Vaccination United Provinces of Agra and Oudh 1914-1922 - 1914-1922
Year: 1914
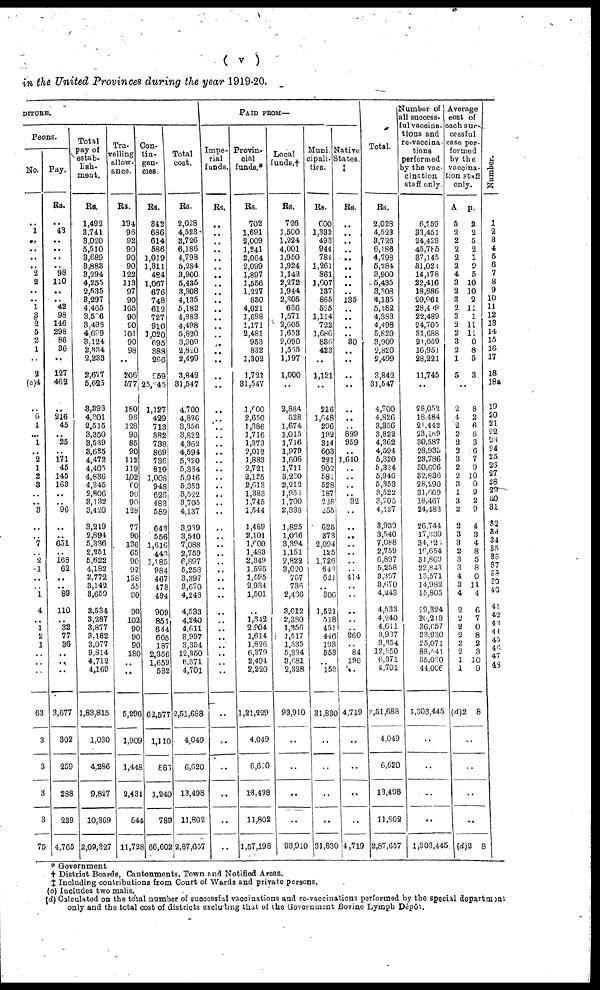
( v )
in the United Provinces during the year 1919-20.
DITURE.
Peons.
No.
..
1
..
..
..
. .
2
2
..
..
1
3
2
5
2
1
..
3
(c)4
..
6
1
...
1
..
2
1
2
3
..
..
3
..
..
7
..
2
1
..
..
..
4
..
1
2
1
..
..
..
63
3
3
3
3
75
Pay.
Rs.
..
43
..
. .
. .
. .
98
110
..
..
42
98
146
298
86
36
..
127
462
..
216
45
..
25
..
171
45
145
163
..
..
96
..
..
651
..
168
62
..
..
89
110
..
32
77
36
..
..
..
3,677
302
259
288
239
4,765
Total
pay of
estab-
lish¬
ment.
Rs.
1,492
3,741
3,020
5,510
3,689
3,883
3,294
4,255
2,535
3,297
4,465
3,566
3,498
4,699
3,124
2,334
2,233
2,677
5,625
3,393
4,301
2,515
3,350
3,539
3,635
4,472
4,405
4,836
4,345
2,806
3,132
3,420
3,219
2,894
5,336
2,251
5,622
4,182
2,772
3,142
3,659
3,534
3,287
3,877
3,182
3,077
9,814
4,712
4,169
1,83,815
1,030
4,286
9,827
10,369
2,09,327
Tra¬
velling
allow-
ance.
Rs.
194
96
92
90
90
90
122
113
97
90
105
90
90
101
90
98
..
206
577
180
96
128
90
85
90
112
119
102
60
90
90
128
77
90
136
65
90
92
158
55
90
90
102
90
90
90
180
..
..
5,296
1,909
1,448
2,431
644
11,728
Con¬
tin¬
gen¬
cies
Rs.
342
686
614
586
1,019
1,311
484
1,067
676
748
612
727
910
1,020
695
388
266
959
25,645
1,127
429
713
382
738
869
736
810
1,008
948
626
483
569
643
556
1,616
443
1,185
984
467
473
494
909
851
644
665
187
2,356
1,659
532
62,577
1,110
886
1,240
789
66,602
Total
cost.
Rs.
2,028
4,523
3,726
6,186
4,798
5,284
3,900
5,435
3,308
4,135
5,182
4,383
4,498
5,820
3,909
2,820
2,499
3,842
31,547
4,700
4,826
3,356
3,822
4,362
4,594
5,320
5,334
5,946
5,353
3,522
3,705
4,137
3,939
3,510
7,088
2,759
6,897
5,258
3,397
3,670
4,243
4,533
4,240
4,611
3,937
3,354
12,350
6,371
4,701
2,51,688
4,049
6,620
13,498
11,802
2,87,657
PAID FROM—
Impe¬
rial
funds.
Rs.
..
..
..
..
..
..
..
..
..
..
..
..
..
..
..
..
..
..
..
..
..
..
..
..
..
..
..
..
..
..
..
..
..
..
..
..
..
..
..
..
..
..
..
..
..
..
..
..
..
..
..
..
..
..
..
Provin-
cial
funds.
Rs
702
1,691
2,009
1,241
2,064
2,099
1,897
1,556
1,227
830
4,021
1,698
1,171
2,481
953
832
1,302
1,721
31,547
1600
2,650
1,386
1,716
1,373
2,012
1,883
2,721
2,135
2,613
1,383
1,745
1,544
1,489
2,101
1,600
1,483
2,349
1,595
1,595
2 934
1,501
..
1,342
2,904
1,614
1,826
6,370
2,494
2,220
1,21,229
4,049
6,620
13,498
11,802
1,57,198
Local
funds.†
Rs.
726
1,500
1,224
4,001
1,950
1,924
1,142
2,272
1,944
2,305
636
1,571
2,605
1,653
2,090
1,565
1,197
1,000
..
2,894
528
1,674
1,015
1,716
1,979
1,606
1,711
3,230
2,212
1,952
1,700
2,338
1,825
1 ,066
3,394
1,151
2,822
3,020
767
736
2,436
3,012
2,380
1 ,256
1,517
1,335
5,334
3,6 81
2,328
93,910
..
..
..
..
93,910
Muni¬
cipali¬
ties.
Rs.
600
1,332
493
944
784
1,261
861
1,607
137
865
525
1,114
722
1,686
836
423
..
1,121
..
216
1,648
296
192
314
603
221
902
581
528
187
228
255
625
373
2,094
125
1,726
643
621
..
306
1,521
518
451
446
193
553
1 .. 153
31,830
..
..
..
..
31,830
Native
States
Rs.
..
..
..
..
..
..
..
..
..
135
..
..
..
..
30
..
..
..
..
..
..
..
899
959
..
1,510
..
..
..
..
32
..
..
..
..
..
..
..
414
..
..
..
..
..
360
..
84
196
..
4,719
..
..
..
..
4,719
Total.
Rs.
2,028
4,523
3,726
6,186
4,798
5,284
3,900
5,435
3,308
4,135
5,182
4,383
4,498
5,820
3,909
2,820
2,499
3,842
31,547
4,700
4,826
3,356
3,822
4,362
4,594
5,320
5,334
5,946
5,353
3,522
3,705
4,137
3,939
3,540
7,088
2,759
6,897
5,258
3,397
3,670
4,243
4,533
4,240
4,611
3,937
3,354
l2,350
6,371
4,701
2, 51,688
4,049
6,620
13,498
11,802
2,87,657
Number of
all success-
ful vaccina¬
tions and
re-vaccina¬
tions
performed
by the vac¬
cination
staff only
6,259
33,451
24,429
45,785
37,145
31,021
14,178
22,416
18,886
20,961
28,499
22,489
24,705
31,688
21,059
16,951
28,221
11,745
..
28,052
18,484
21,442
23,189
30,587
28,935
23,786
30,606
32,836
28,290
31,609
18,467
24,483
26,744
l7,330
34,126
16,654
31,869
22,843
13,571
14,982
15,805
29,324
26,218
36,657
23,930
25,071
88,541
55,030
44,006
1,303,445
..
..
..
..
1,303,445
Average
cost of
each suc-
cessful
case per-
formed
by the
vaccina¬
tion staff
only.
A.
5
2
2
2
2
2
4
3
2
3
2
3
2
2
3
2
1
5
p.
2
2
5
2
1
9
5
10
10
2
11
1
11
11
0
8
5
3
..
2
4
2
2
2
3
3
2
2
3
1
3
2
2
3
3
2
3
3
4
3
4
2
2
2
2
2
2
1
1
(d)2
8
2
6
8
3
6
7
9
10
0
9
2
9
4
3
4
8
5
8
0
11
4
6
7
0
8
2
3
10
9
8
..
..
..
..
(d)2
8
Number.
1
2
3
4
5
6
7
8
9
10
11
12
13
14
15
16
17
18
18a
19
20
21
22
23
24
25
26
27
28
29
30
31
32
33
34
35
36
37
38
39
40
41
42
43
44
45
46
47 48
* Government
† District Boards, Cantonments. Town and Notified Areas.
‡ Including contributions from Court of Wards and private persons.
(c) Includes two malis.
(d) Calculated on the total number of successful vaccinations and re-vaccination performed by the special department
only and the total cost of districts excluding that of the Government Bovine Lymph Dépôt.